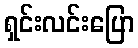
ရှင်းလင်းပြော